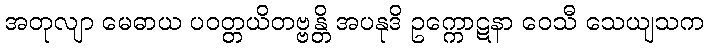
အတုလျာ မေဓာယ ပဝတ္တယိတဗ္ဗန္တိ အပနုဒိ ဥက္ကောဋနာ ဝေသီ သေယျသက